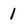
Character: 1